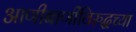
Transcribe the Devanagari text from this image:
आणीबाणीविरुद्धच्या